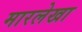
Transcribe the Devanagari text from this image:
मारलेखा